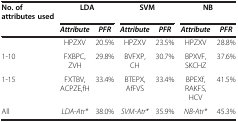
<table><thead><tr><td><b>No. of attributes used</b></td><td colspan="2"><b>LDA</b></td><td colspan="2"><b>SVM</b></td><td colspan="2"><b>NB</b></td></tr><tr><td><b> </b></td><td><b><i>Attribute</i></b></td><td><b><i>PFR</i></b></td><td><b><i>Attribute</i></b></td><td><b><i>PFR</i></b></td><td><b><i>Attribute</i></b></td><td><b><i>PFR</i></b></td></tr></thead><tbody><tr><td> </td><td>HPZXV</td><td>20.5%</td><td>HPZXV</td><td>23.5%</td><td>HPZXV</td><td>28.8%</td></tr><tr><td>1-10</td><td>FXBPC,ZVH</td><td>29.8%</td><td>BVFXP,CH</td><td>30.7%</td><td>BPXVF,SKCHZ</td><td>37.6%</td></tr><tr><td>1-15</td><td>FXTBV,ACPZE,fH</td><td>33.4%</td><td>BTEPX,AfFVS</td><td>33.4%</td><td>BPEXf,RAKFS,HCV</td><td>41.5%</td></tr><tr><td>All</td><td><i>LDA-Atr*</i></td><td>38.0%</td><td><i>SVM-Atr*</i></td><td>35.9%</td><td><i>NB-Atr*</i></td><td>45.3%</td></tr></tbody></table>